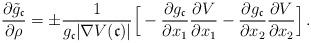
LaTeX: \begin{align*} \frac{\partial \tilde g_{\mathfrak c}}{\partial\rho}=\pm\frac{1}{g_{\mathfrak c}|\nabla V(\mathfrak c)|}\Big[-\frac{\partial g_{\mathfrak c}}{\partial x_1}\frac{\partial V}{\partial x_1}-\frac{\partial g_{\mathfrak c}}{\partial x_2}\frac{\partial V}{\partial x_2}\Big] \,. \end{align*}